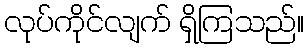
လုပ်ကိုင်လျက် ရှိကြသည်။